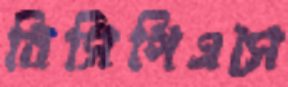
বিসিপিএসে